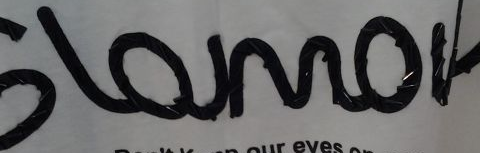
SLOUMOL